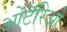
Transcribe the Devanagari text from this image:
ओंटॅरिओ